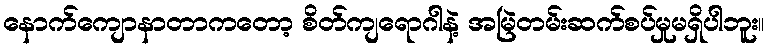
နောက်ကျောနာတာကတော့ စိတ်ကျရောဂါနဲ့ အမြဲတမ်းဆက်စပ်မှုမရှိပါဘူး။